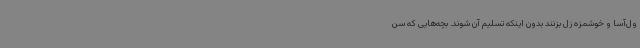
ول‌آسا و خوشمزه زل بزنند بدون اینکه تسلیم آن شوند. بچه‌هایی که سن